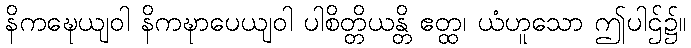
နိကဍ္ဎေယျဝါ နိကဍ္ဎာပေယျဝါ ပါစိတ္တိယန္တိ ဧတ္ထ၊ ယံဟူသော ဤပါဌ်၌။